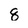
Character: 8